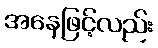
အနေဖြင့်လည်း